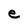
Character: e